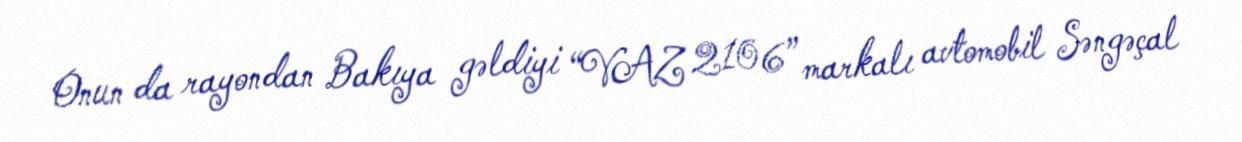
Onun da rayondan Bakıya gəldiyi “VAZ 2106” markalı avtomobil Səngəçal